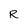
Character: R